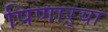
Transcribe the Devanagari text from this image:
पिणाऱ्या